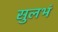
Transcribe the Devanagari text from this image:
सुलभं